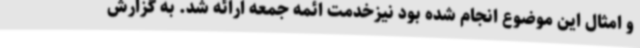
و امثال این موضوع انجام شده بود نیزخدمت ائمه جمعه ارائه شد. به گزارش